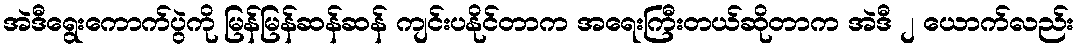
အဲဒီရွေးကောက်ပွဲကို မြန်မြန်ဆန်ဆန် ကျင်းပနိုင်တာက အရေးကြီးတယ်ဆိုတာက အဲဒီ ၂ ယောက်လည်း